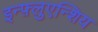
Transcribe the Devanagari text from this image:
इन्फ़्लुएन्शिय